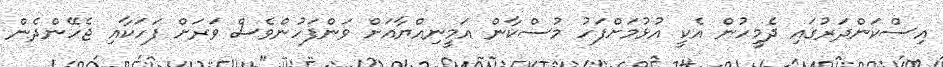
އިސްކަންދަރުގައި ދެމީހުން އެކީ އުޅުމަށްފަހު މުސްކާން އަމީނިއްޔާއަށް ވަންފަހުންވެސް ވަރަށް ފަހަކާއި ޖެހޭންދެން